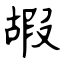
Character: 嘏